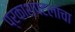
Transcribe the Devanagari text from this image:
प्रकाशपटलांचा